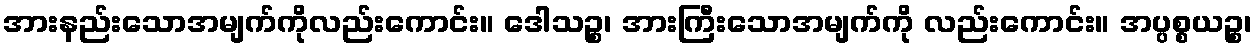
အားနည်းသောအမျက်ကိုလည်းကောင်း။ ဒေါသဉ္စ၊ အားကြီးသောအမျက်ကို လည်းကောင်း။ အပ္ပစ္စယဉ္စ၊